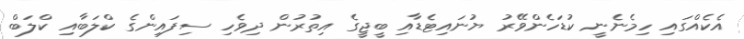
އެކެއްގައި ހިމެނެނީ ކުޑަހެންވޭރު ޔުނައިޓެޑާއި ބީޖީގެ އިތުރުން ދިވެހި ސިފައިންގެ ކްލަބާއި ކްލަބް